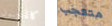
كالمجنون متعجب